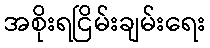
အစိုးရငြိမ်းချမ်းရေး